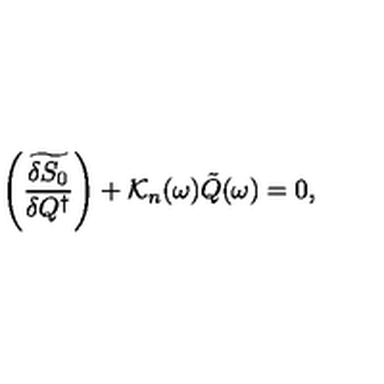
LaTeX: \left( \widetilde { \frac { \delta S _ { 0 } } { \delta Q ^ { \dagger } } } \right) + { \cal K } _ { n } ( \omega ) \tilde { Q } ( \omega ) = 0 ,